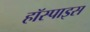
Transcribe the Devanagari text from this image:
हॉस्पाइस